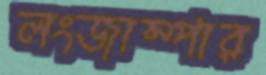
লংজাম্পার